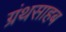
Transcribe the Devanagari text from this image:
ग्रंथसाहब